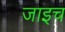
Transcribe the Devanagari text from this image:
जाइच